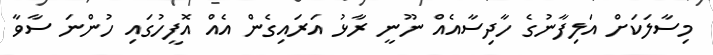
މިސާލަކަށް އަލިފާނުގެ ހާދިސާއެއް ނޫނީ ރާޅު އަރައިގެން އެއް އޮފީހުގައި ހުންނަ ސާވާ